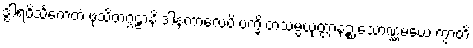
ဒွါရဝိသင်္ကေတံ ဖုသိတဂ္ဂဠာနိ ဒါနကာလေပိ ပက္ခိ တံသမ္ပယုတ္တာနဉ္စ သောဏ္ဏမယေ ကွာတိ